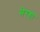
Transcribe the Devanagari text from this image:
मेरहा